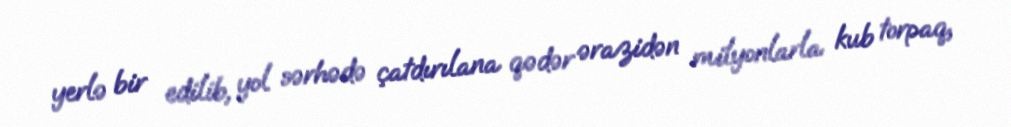
yerlə bir edilib, yol sərhədə çatdırılana qədər ərazidən milyonlarla kub torpaq,